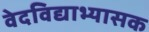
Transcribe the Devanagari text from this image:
वेदविद्याभ्यासक